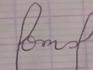
Signature authenticity: forged